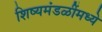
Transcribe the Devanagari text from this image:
शिष्यमंडळींमध्ये